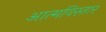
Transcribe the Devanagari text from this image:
आत्मविस्तार